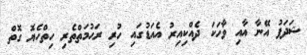
ޝަދަފު އޭނާ އާއި ވާހަކަ ދެއްކިއިރު އެއަޑުގައި ހުރި ރަޙުމަތްތެރި ހިތްހެޔޮ ގޮތް